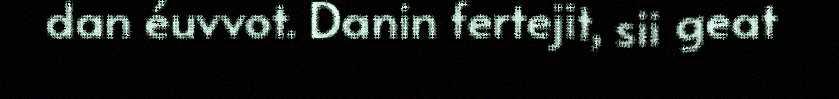
dan éuvvot. Danin fertejit, sii geat